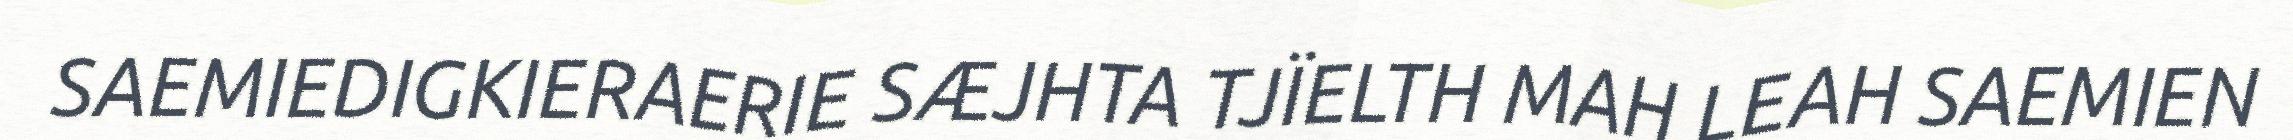
SAEMIEDIGKIERAERIE SÆJHTA TJÏELTH MAH LEAH SAEMIEN